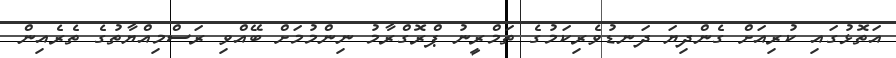
އަތޮޅުގައި ކުރިއަށް ގެންދިޔަ ދަނޑުވެރިކަމުގެ ތަމްރީނު ޕްރޮގްރާމު ނިންމުމަށް ބޭއްވި ރަސްމިއްޔާތުގެ ތެރެއިން